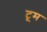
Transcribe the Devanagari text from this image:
टूम